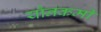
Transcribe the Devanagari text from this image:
यौनकर्मी